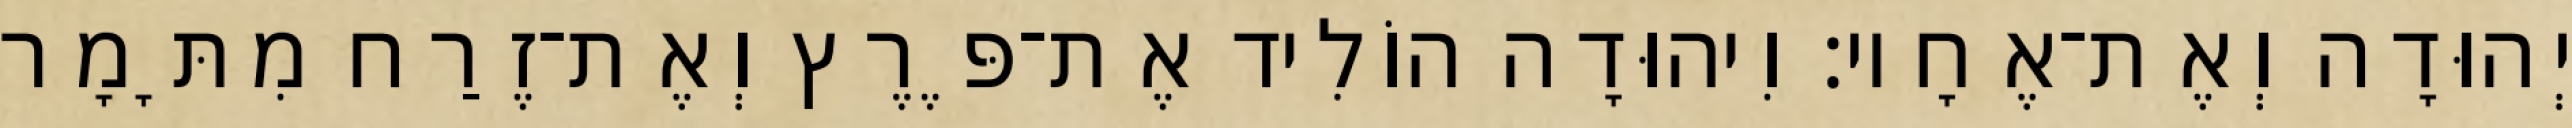
יְהוּדָה וְאֶת־אֶחָיו׃ וִיהוּדָה הוֹלִיד אֶת־פֶּרֶץ וְאֶת־זֶרַח מִתָּמָר